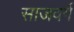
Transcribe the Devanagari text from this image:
साजवर्ग